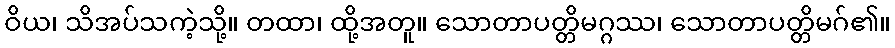
ဝိယ၊ သိအပ်သကဲ့သို့။ တထာ၊ ထို့အတူ။ သောတာပတ္တိမဂ္ဂဿ၊ သောတာပတ္တိမဂ်၏။